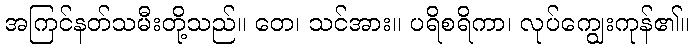
အကြင်နတ်သမီးတို့သည်။ တေ၊ သင်အား။ ပရိစရိကာ၊ လုပ်ကျွေးကုန်၏။